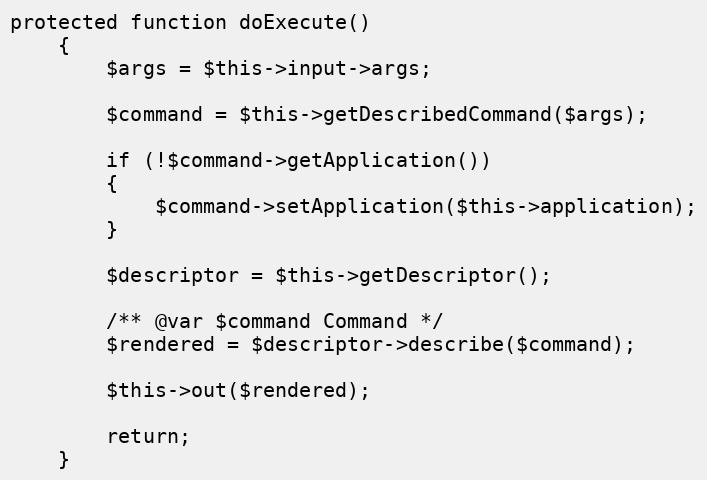
Language: PHP
protected function doExecute()
	{
		$args = $this->input->args;

		$command = $this->getDescribedCommand($args);

		if (!$command->getApplication())
		{
			$command->setApplication($this->application);
		}

		$descriptor = $this->getDescriptor();

		/** @var $command Command */
		$rendered = $descriptor->describe($command);

		$this->out($rendered);

		return;
	}